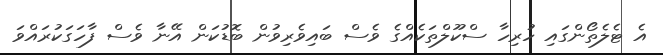
އެ ޓެލެތޯންގައި ހުރިހާ ސްކޫލްތަކެއްގެ ވެސް ބައިވެރިވުން ބޮޑުކަން އޭނާ ވެސް ފާހަގަކުރައްވަ